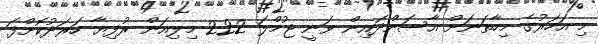
މި އަހަރުގެ މިހާތަނަށް އާސަންދައިން ވަނީ ޖުމްލަ 222 މިލިއަން ރުފިޔާ ހަރަދުކޮށްފަ